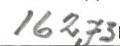
162,73